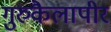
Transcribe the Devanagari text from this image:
गुरुकैलापीर